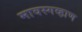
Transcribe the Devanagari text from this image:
मावस्गव्हाण